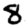
Digit: 8